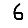
Digit: 6